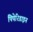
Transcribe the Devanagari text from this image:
पिपेरिडाइन